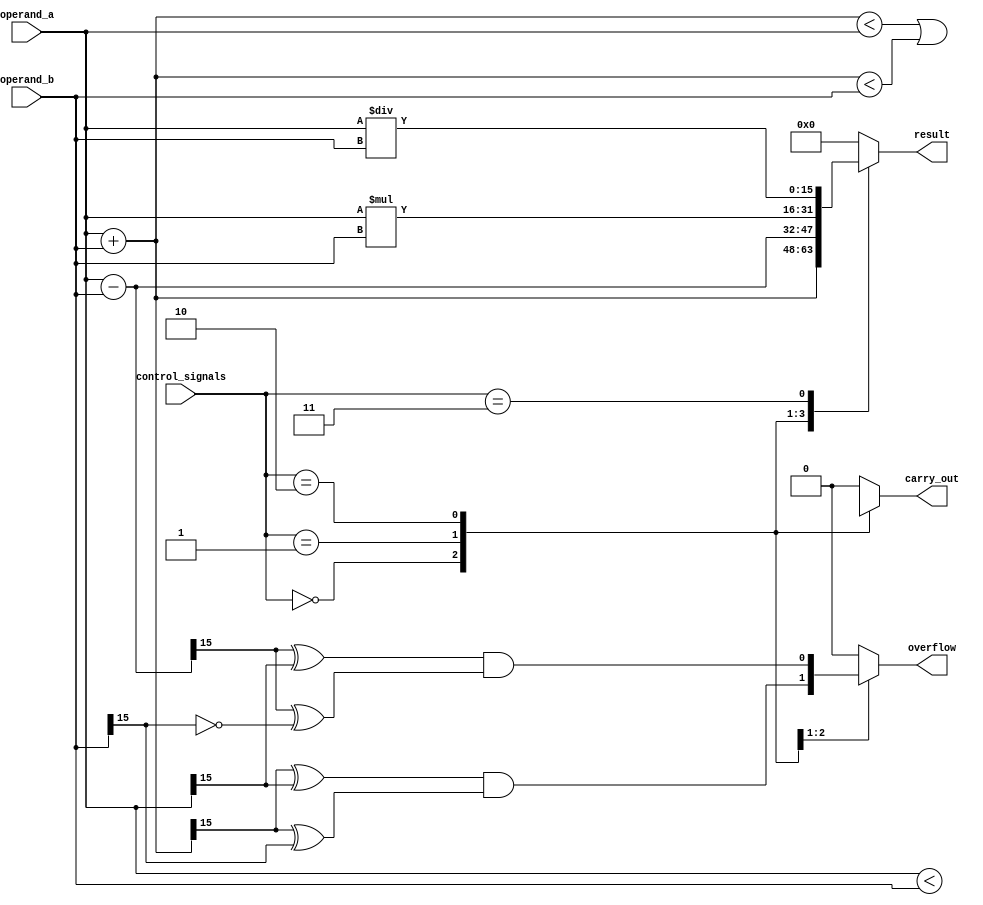
module alu_16bit (
    input [15:0] operand_a,
    input [15:0] operand_b,
    input [2:0] control_signals,
    output reg [15:0] result,
    output reg overflow,
    output reg carry_out
);

reg [15:0] addition_result;
reg [15:0] subtraction_result;
reg [15:0] multiplication_result;
reg [15:0] division_result;

always @ (*)
begin
    case (control_signals)
        3'b000: begin // addition
            addition_result = operand_a + operand_b;
            result = addition_result;
            overflow = (addition_result[15] ^ operand_a[15]) & (addition_result[15] ^ operand_b[15]);
            carry_out = (addition_result < operand_a) | (addition_result < operand_b);
        end
        3'b001: begin // subtraction
            subtraction_result = operand_a - operand_b;
            result = subtraction_result;
            overflow = (subtraction_result[15] ^ operand_a[15]) & (subtraction_result[15] ^ ~operand_b[15]);
            carry_out = (operand_a < operand_b);
        end
        3'b010: begin // multiplication
            multiplication_result = operand_a * operand_b;
            result = multiplication_result;
            overflow = 0;
            carry_out = (multiplication_result[31:16] != 16'b0);
        end
        3'b011: begin // division
            division_result = operand_a / operand_b;
            result = division_result;
            overflow = 0;
            carry_out = 0;
        end
        default: begin
            result = 16'd0;
            overflow = 0;
            carry_out = 0;
        end
    endcase
end

endmodule